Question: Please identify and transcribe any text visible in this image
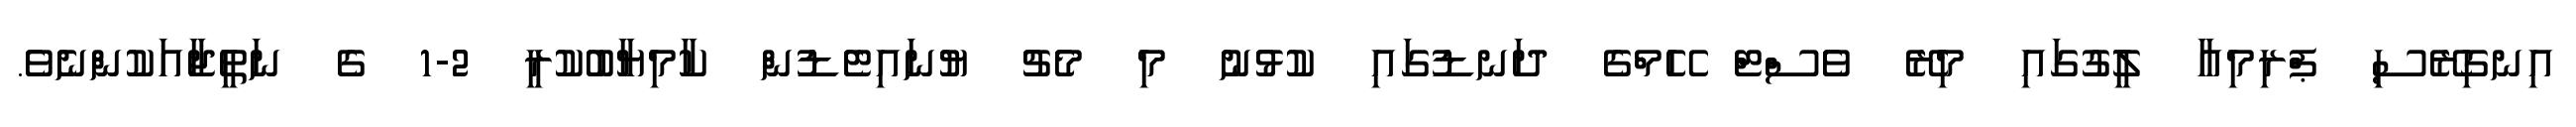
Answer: އިނގިރޭސި ޕްރިމިއާ ލީގުގައި މިރޭ ވެސްޓް ހޭމްގެ ދަނޑުގައި ކުޅުނު މި މެޗު ޔުނައިޓެޑުން ކާމިޔާބުކުރީ 2-1 ގެ ނަތީޖާއަކުންނެވެ.